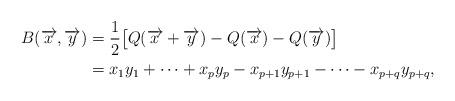
LaTeX: \begin{align*}B(\overrightarrow{x},\overrightarrow{y})&=\frac12 \bigl[ Q(\overrightarrow{x}+\overrightarrow{y})- Q(\overrightarrow{x}) - Q(\overrightarrow{y}) \bigr] \\&=x_1y_1+\dots+x_py_p-x_{p+1}y_{p+1}-\dots -x_{p+q}y_{p+q},\end{align*}